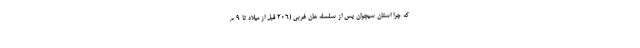
که چرا استان سیچوان پس از سلسله هان غربی (۲۰۶ قبل از میلاد تا ۹ م